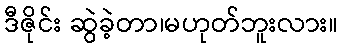
ဒီဇိုင်း ဆွဲခဲ့တာ၊မဟုတ်ဘူးလား။